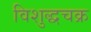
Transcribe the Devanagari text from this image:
विशुद्धचक्र